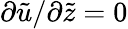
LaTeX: \partial\tilde{u}/\partial\tilde{z}=0